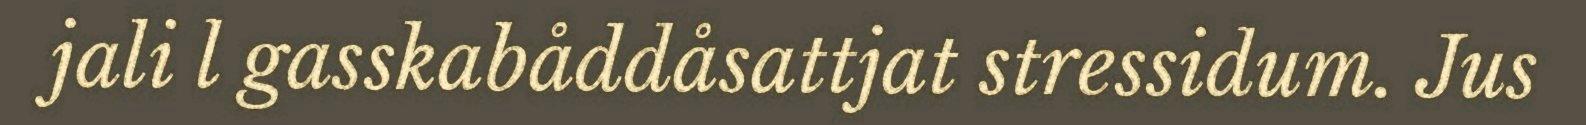
jali l gasskabåddåsattjat stressidum. Jus